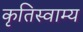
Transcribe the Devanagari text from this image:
कृतिस्वाम्य